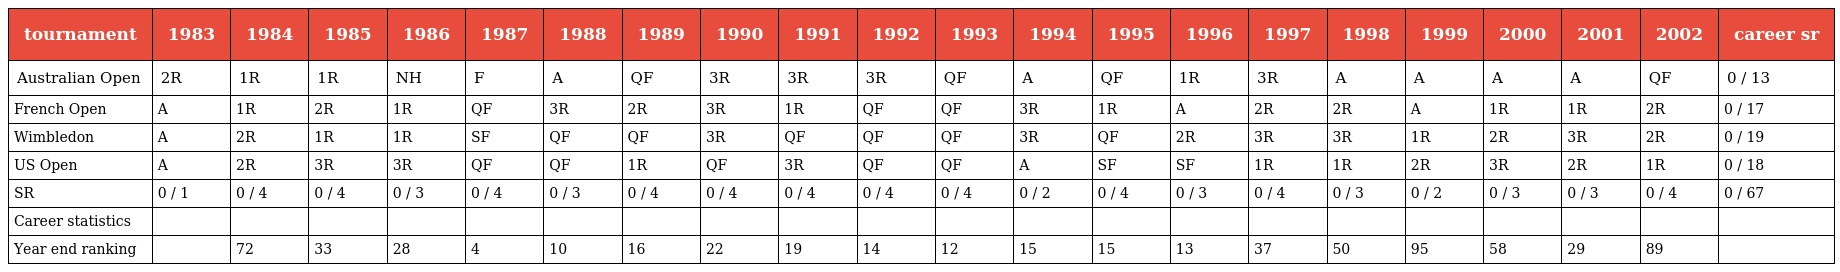
| tournament | 1983 | 1984 | 1985 | 1986 | 1987 | 1988 | 1989 | 1990 | 1991 | 1992 | 1993 | 1994 | 1995 | 1996 | 1997 | 1998 | 1999 | 2000 | 2001 | 2002 | career sr |
 | --- | --- | --- | --- | --- | --- | --- | --- | --- | --- | --- | --- | --- | --- | --- | --- | --- | --- | --- | --- | --- | --- |
 | Australian Open | 2R | 1R | 1R | NH | F | A | QF | 3R | 3R | 3R | QF | A | QF | 1R | 3R | A | A | A | A | QF | 0 / 13 |
 | French Open | A | 1R | 2R | 1R | QF | 3R | 2R | 3R | 1R | QF | QF | 3R | 1R | A | 2R | 2R | A | 1R | 1R | 2R | 0 / 17 |
 | Wimbledon | A | 2R | 1R | 1R | SF | QF | QF | 3R | QF | QF | QF | 3R | QF | 2R | 3R | 3R | 1R | 2R | 3R | 2R | 0 / 19 |
 | US Open | A | 2R | 3R | 3R | QF | QF | 1R | QF | 3R | QF | QF | A | SF | SF | 1R | 1R | 2R | 3R | 2R | 1R | 0 / 18 |
 | SR | 0 / 1 | 0 / 4 | 0 / 4 | 0 / 3 | 0 / 4 | 0 / 3 | 0 / 4 | 0 / 4 | 0 / 4 | 0 / 4 | 0 / 4 | 0 / 2 | 0 / 4 | 0 / 3 | 0 / 4 | 0 / 3 | 0 / 2 | 0 / 3 | 0 / 3 | 0 / 4 | 0 / 67 |
 | Career statistics |  |  |  |  |  |  |  |  |  |  |  |  |  |  |  |  |  |  |  |  |  |
 | Year end ranking |  | 72 | 33 | 28 | 4 | 10 | 16 | 22 | 19 | 14 | 12 | 15 | 15 | 13 | 37 | 50 | 95 | 58 | 29 | 89 |  |